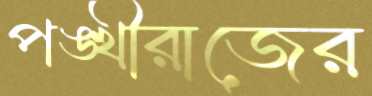
পঙ্খীরাজের